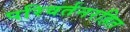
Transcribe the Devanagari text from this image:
परिवर्तनरहित